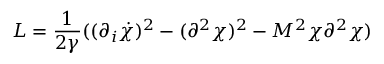
{ \cal L } = \frac { 1 } { 2 \gamma } ( ( \partial _ { i } \dot { \chi } ) ^ { 2 } - ( \partial ^ { 2 } \chi ) ^ { 2 } - M ^ { 2 } \chi \partial ^ { 2 } \chi )